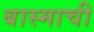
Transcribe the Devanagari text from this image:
बास्माची